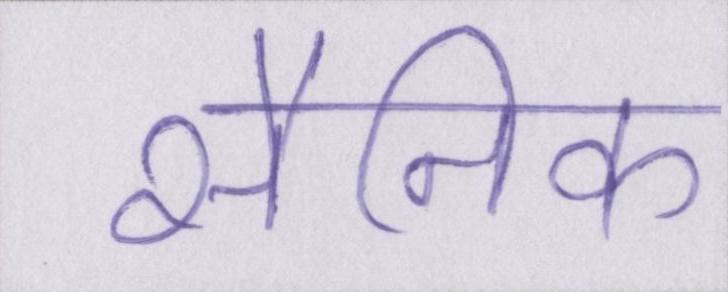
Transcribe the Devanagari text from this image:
सैनिक